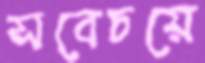
সবেচয়ে